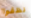
نظفوا